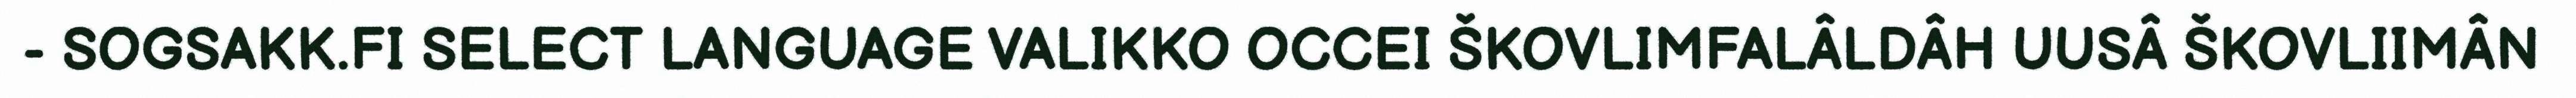
- SOGSAKK.FI SELECT LANGUAGE VALIKKO OCCEI ŠKOVLIMFALÂLDÂH UUSÂ ŠKOVLIIMÂN